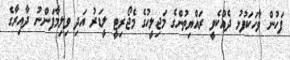
ފަހުން ވާހަކަފުޅު ދެއްކެވީ ރައްޔިތުންގެ މަޖިލީހުގެ މެޖޯރިޓީ ލީޑަރު އަދި ވިލިމާފަންނު ދާއިރާގެ